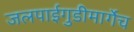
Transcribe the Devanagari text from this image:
जलपाईगुडीमार्गेच